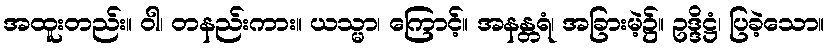
အထူးတည်း။ ဝါ၊ တနည်းကား။ ယသ္မာ၊ ကြောင့်။ အနန္တရံ၊ အခြားမဲ့၌။ ဥဒ္ဒိဋ္ဌံ၊ ပြခဲ့သော။